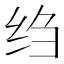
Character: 绉